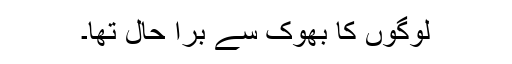
لوگوں کا بھوک سے برا حال تھا۔